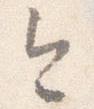
今